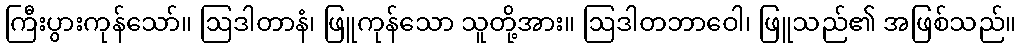
ကြီးပွားကုန်သော်။ ဩဒါတာနံ၊ ဖြူကုန်သော သူတို့အား။ ဩဒါတဘာဝေါ၊ ဖြူသည်၏ အဖြစ်သည်။